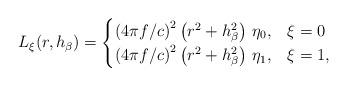
LaTeX: \begin{align*}L_\xi(r,h_\beta) = \begin{cases}\left( 4\pi f/c \right)^2 \left( r^2+h_\beta^2 \right)\,\eta_{0},& {\xi=0}\\\left( 4\pi f/c \right)^2 \left( r^2+h_\beta^2 \right) \,\eta_{1},& {\xi=1},\end{cases}\end{align*}